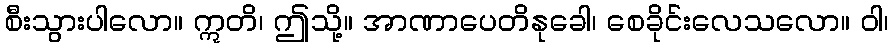
စီးသွားပါလော။ ဣတိ၊ ဤသို့။ အာဏာပေတိနုခေါ၊ စေခိုင်းလေသလော။ ဝါ၊